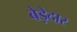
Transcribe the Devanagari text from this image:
बेड़ेदार